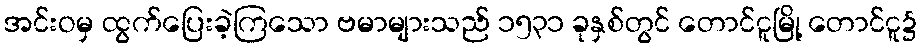
အင်းဝမှ ထွက်ပြေးခဲ့ကြသော ဗမာများသည် ၁၅၃၁ ခုနှစ်တွင် တောင်ငူမြို့ တောင်ငူ၌